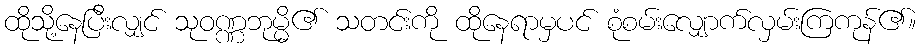
ထိုသို့နေပြီးလျှင် သုဝဏ္ဏဘုမ္မိ၏ သတင်းကို ထိုနေရာမှပင် စုံစမ်းလျှောက်လှမ်းကြကုန်၏။